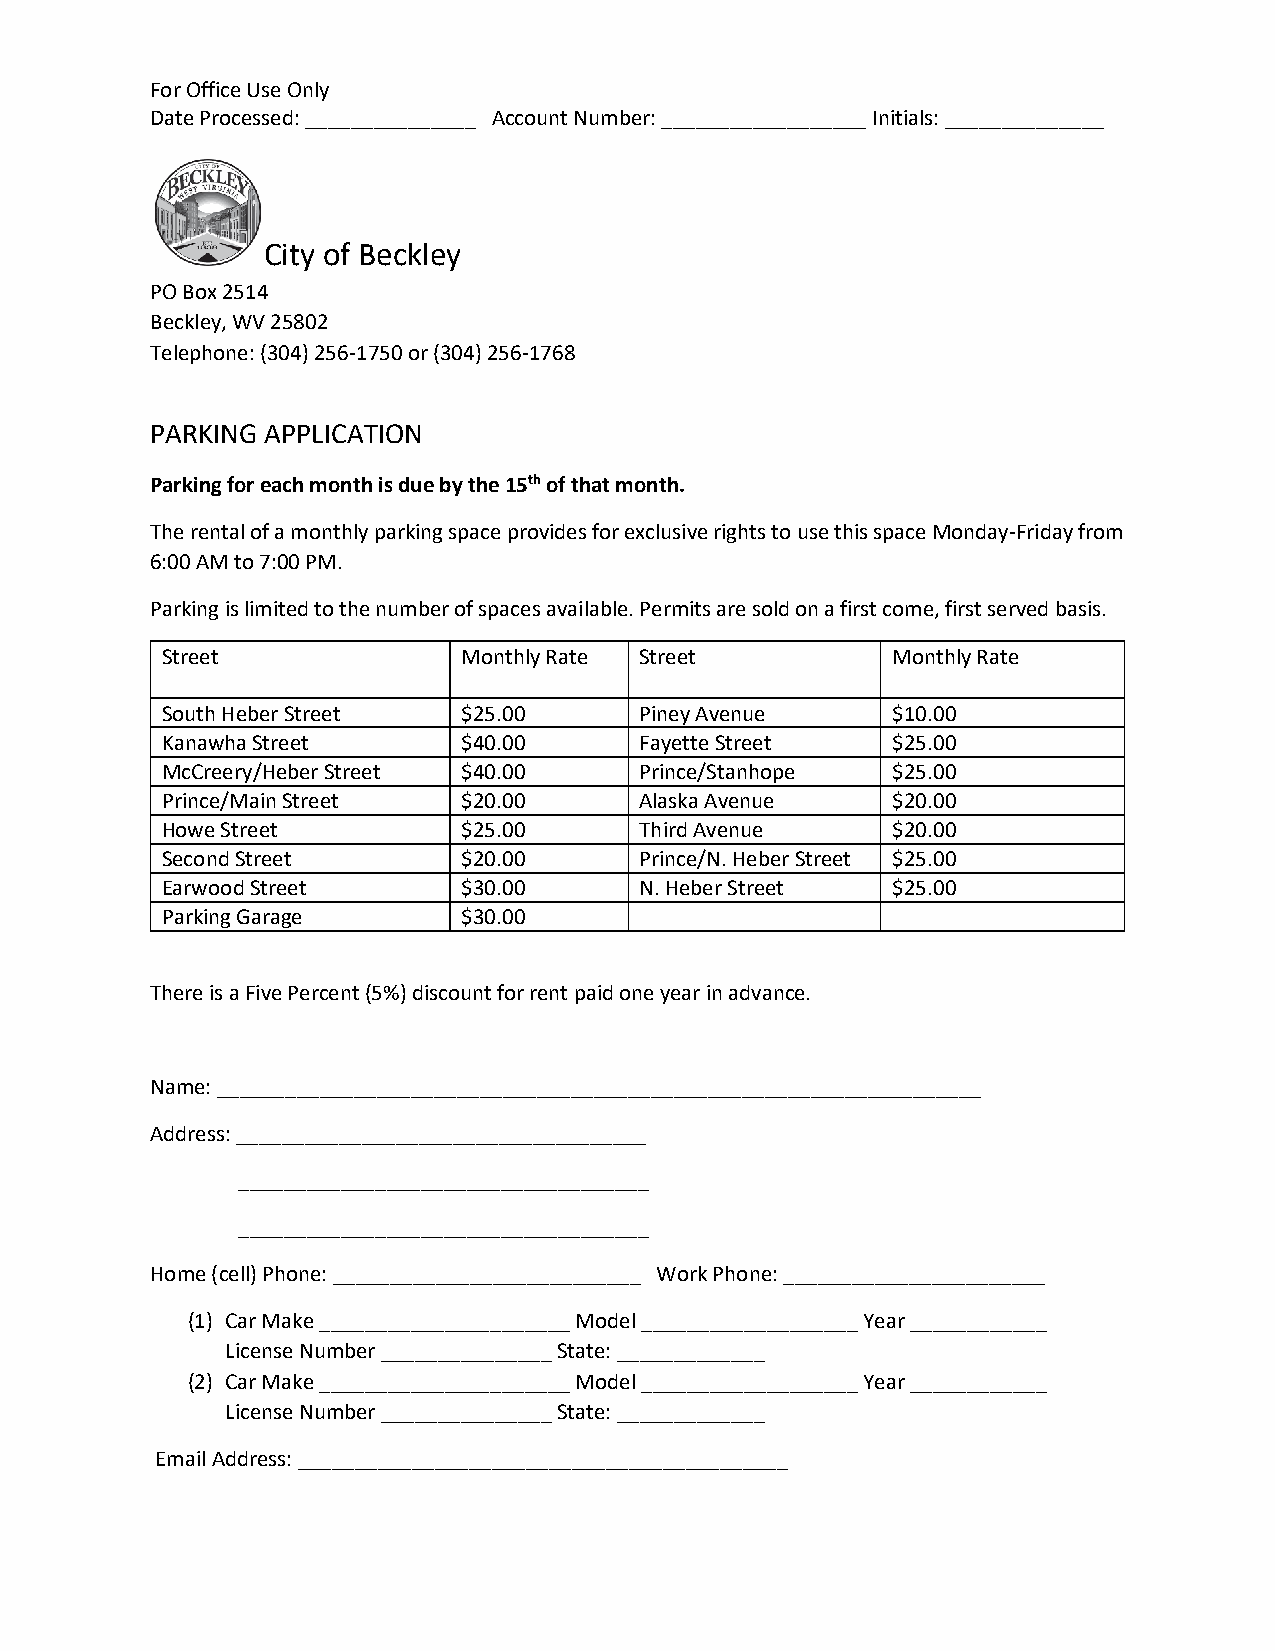
For Office Use Only
 Date Processed: _______________ Account Number: __________________ Initials: ______________
 City of Beckley
 PO Box 2514
 Beckley, WV 25802
 Telephone: (304) 256-1750 or (304) 256-1768
 PARKING APPLICATION
 Parking for each month is due by the 15th of that month.
 The rental of a monthly parking space provides for exclusive rights to use this space Monday-Friday from
 6:00 AM to 7:00 PM.
 Parking is limited to the number of spaces available. Permits are sold on a first come, first served basis.
 Street              Monthly Rate Street         Monthly Rate
 South Heber Street  $25.00     Piney Avenue     $10.00
 Kanawha Street      $40.00     Fayette Street   $25.00
 McCreery/Heber Street $40.00   Prince/Stanhope  $25.00
 Prince/Main Street  $20.00     Alaska Avenue    $20.00
 Howe Street         $25.00     Third Avenue     $20.00
 Second Street       $20.00     Prince/N. Heber Street $25.00
 Earwood Street      $30.00     N. Heber Street  $25.00
 Parking Garage      $30.00
 There is a Five Percent (5%) discount for rent paid one year in advance.
 Name: ___________________________________________________________________
 Address: ____________________________________
 ____________________________________
 ____________________________________
 Home (cell) Phone: ___________________________ Work Phone: _______________________
 (1) Car Make ______________________ Model ___________________ Year ____________
 License Number _______________ State: _____________
 (2) Car Make ______________________ Model ___________________ Year ____________
 License Number _______________ State: _____________
 Email Address: ___________________________________________